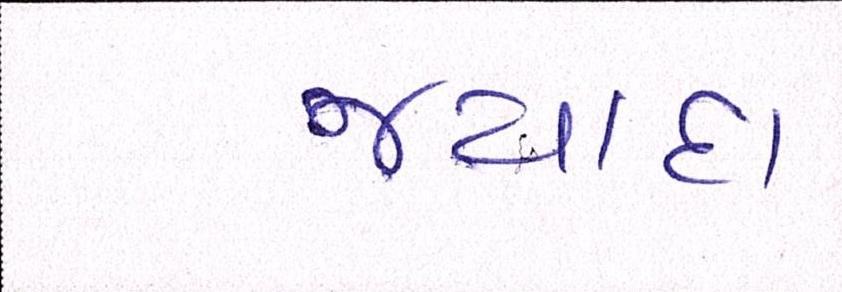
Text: જ્યાદા